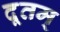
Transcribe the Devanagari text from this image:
दूतम्